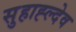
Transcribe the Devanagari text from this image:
सुहाह्ल्देव